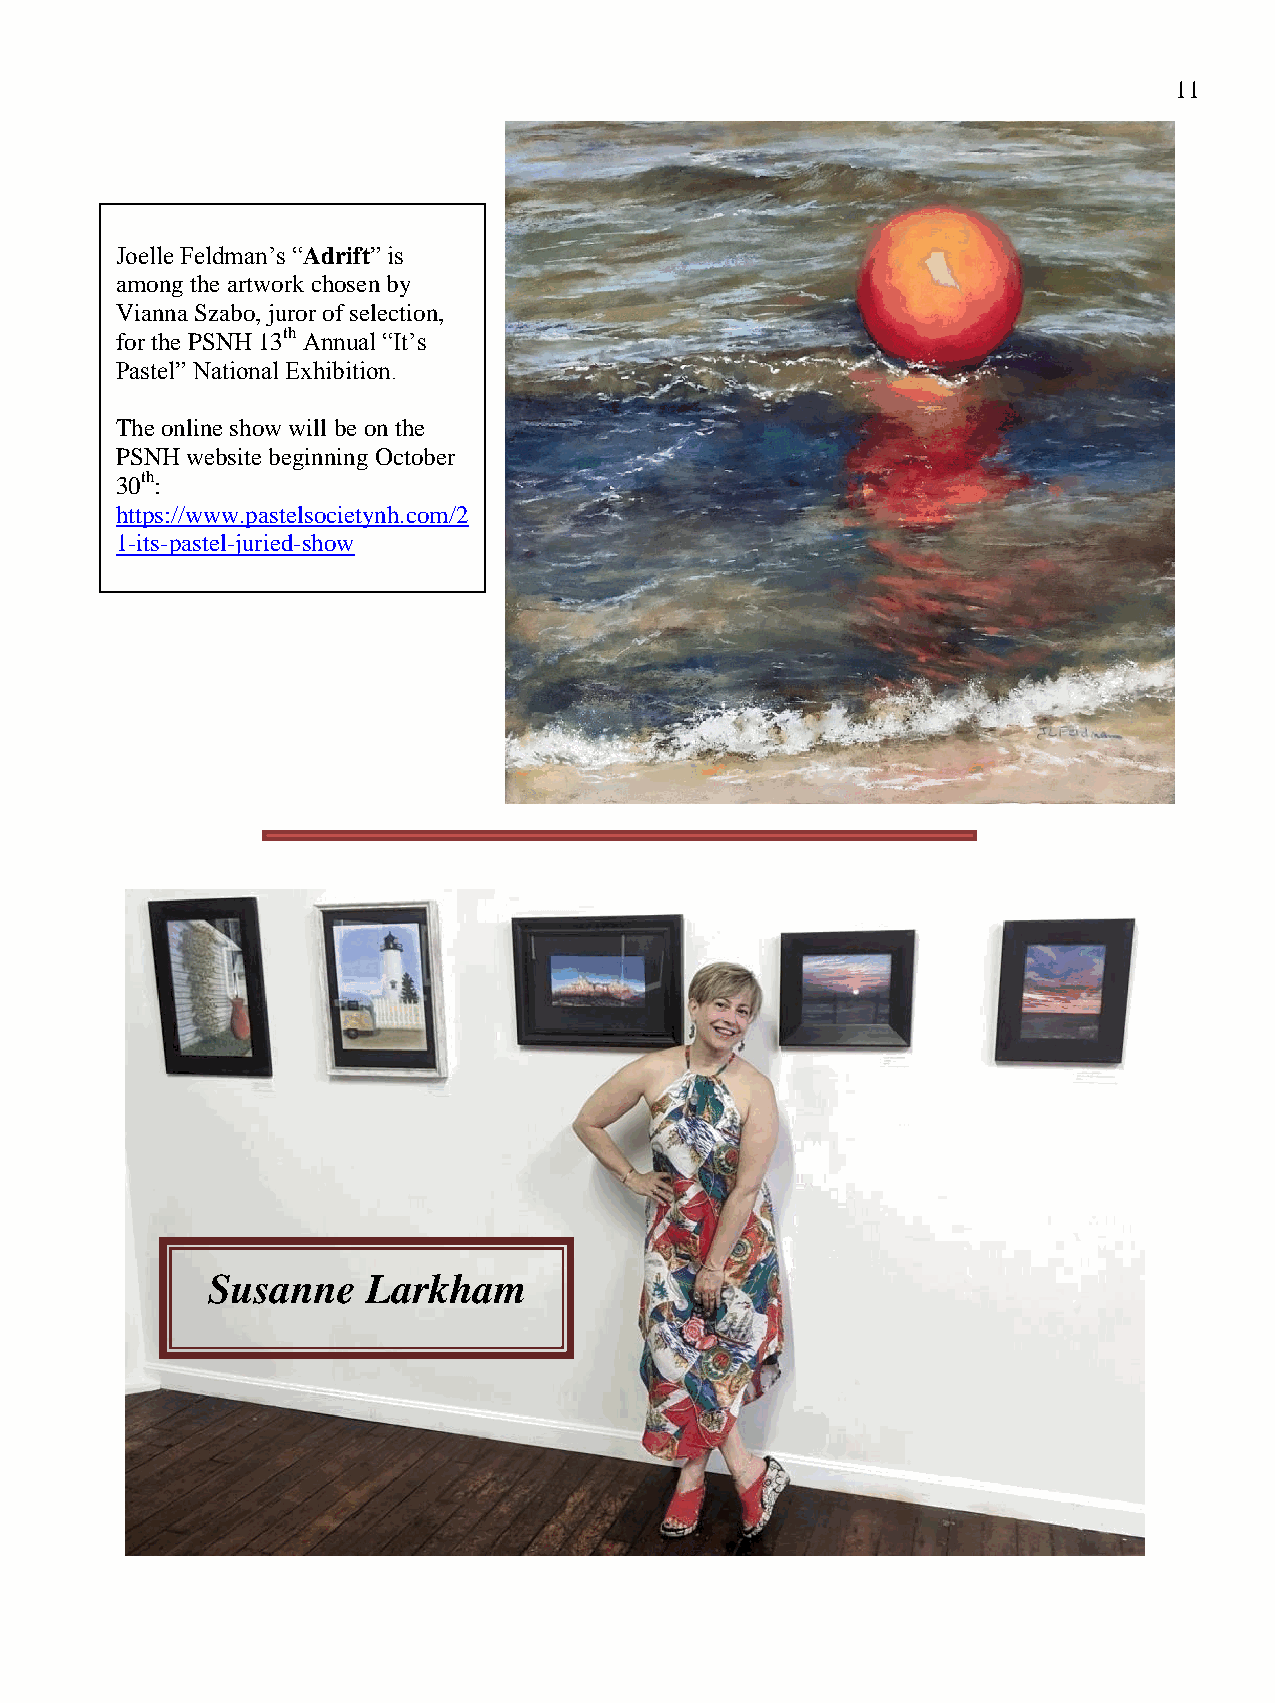
11
 Joelle Feldman’s “Adrift” is
 among the artwork chosen by
 Vianna Szabo, juror of selection,
 for the PSNH 13th Annual “It’s
 Pastel” National Exhibition.
 The online show will be on the
 PSNH website beginning October
 30th:
 https://www.pastelsocietynh.com/2
 1-its-pastel-juried-show
 Susanne   Larkham